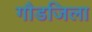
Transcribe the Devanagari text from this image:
गौडजिला